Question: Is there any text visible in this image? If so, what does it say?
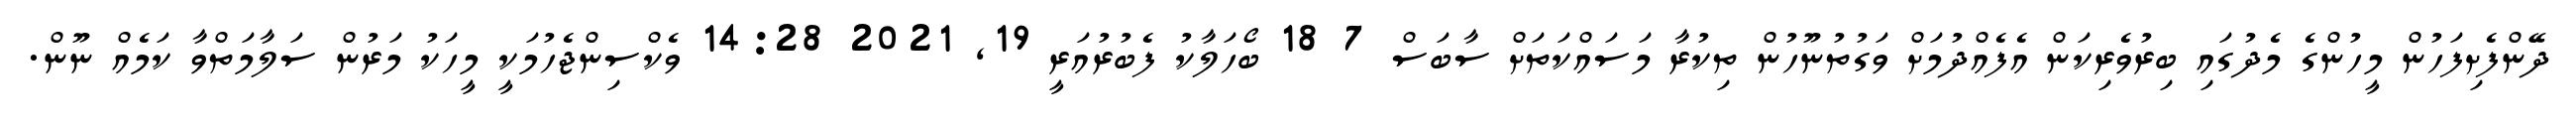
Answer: ދޭންފެށިފަހުން މީހުންގެ މެދުގައި ބިރުވެރިކަން އެފެއްދުމަށް ވަގުތުނޫހުން ތިކުރާ މަސައްކަތަށް ސާބަސް 7 18 ބޯހަލާކު ފެބުރުއަރީ 19, 2021 14:28 ވެކްސިންޖެހުމަކީ މީހަކު މަރުން ސަލާމަތްވާ ކަމެއް ނޫން.